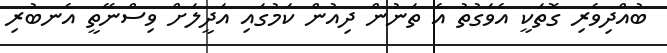
ބުއްދިވެރި ގޮތަކީ އެވަގުތު އެ ތަނުން ދިއުން ކަމުގައި އަދީލަށް ވިސްނޭތީ އެނބުރި